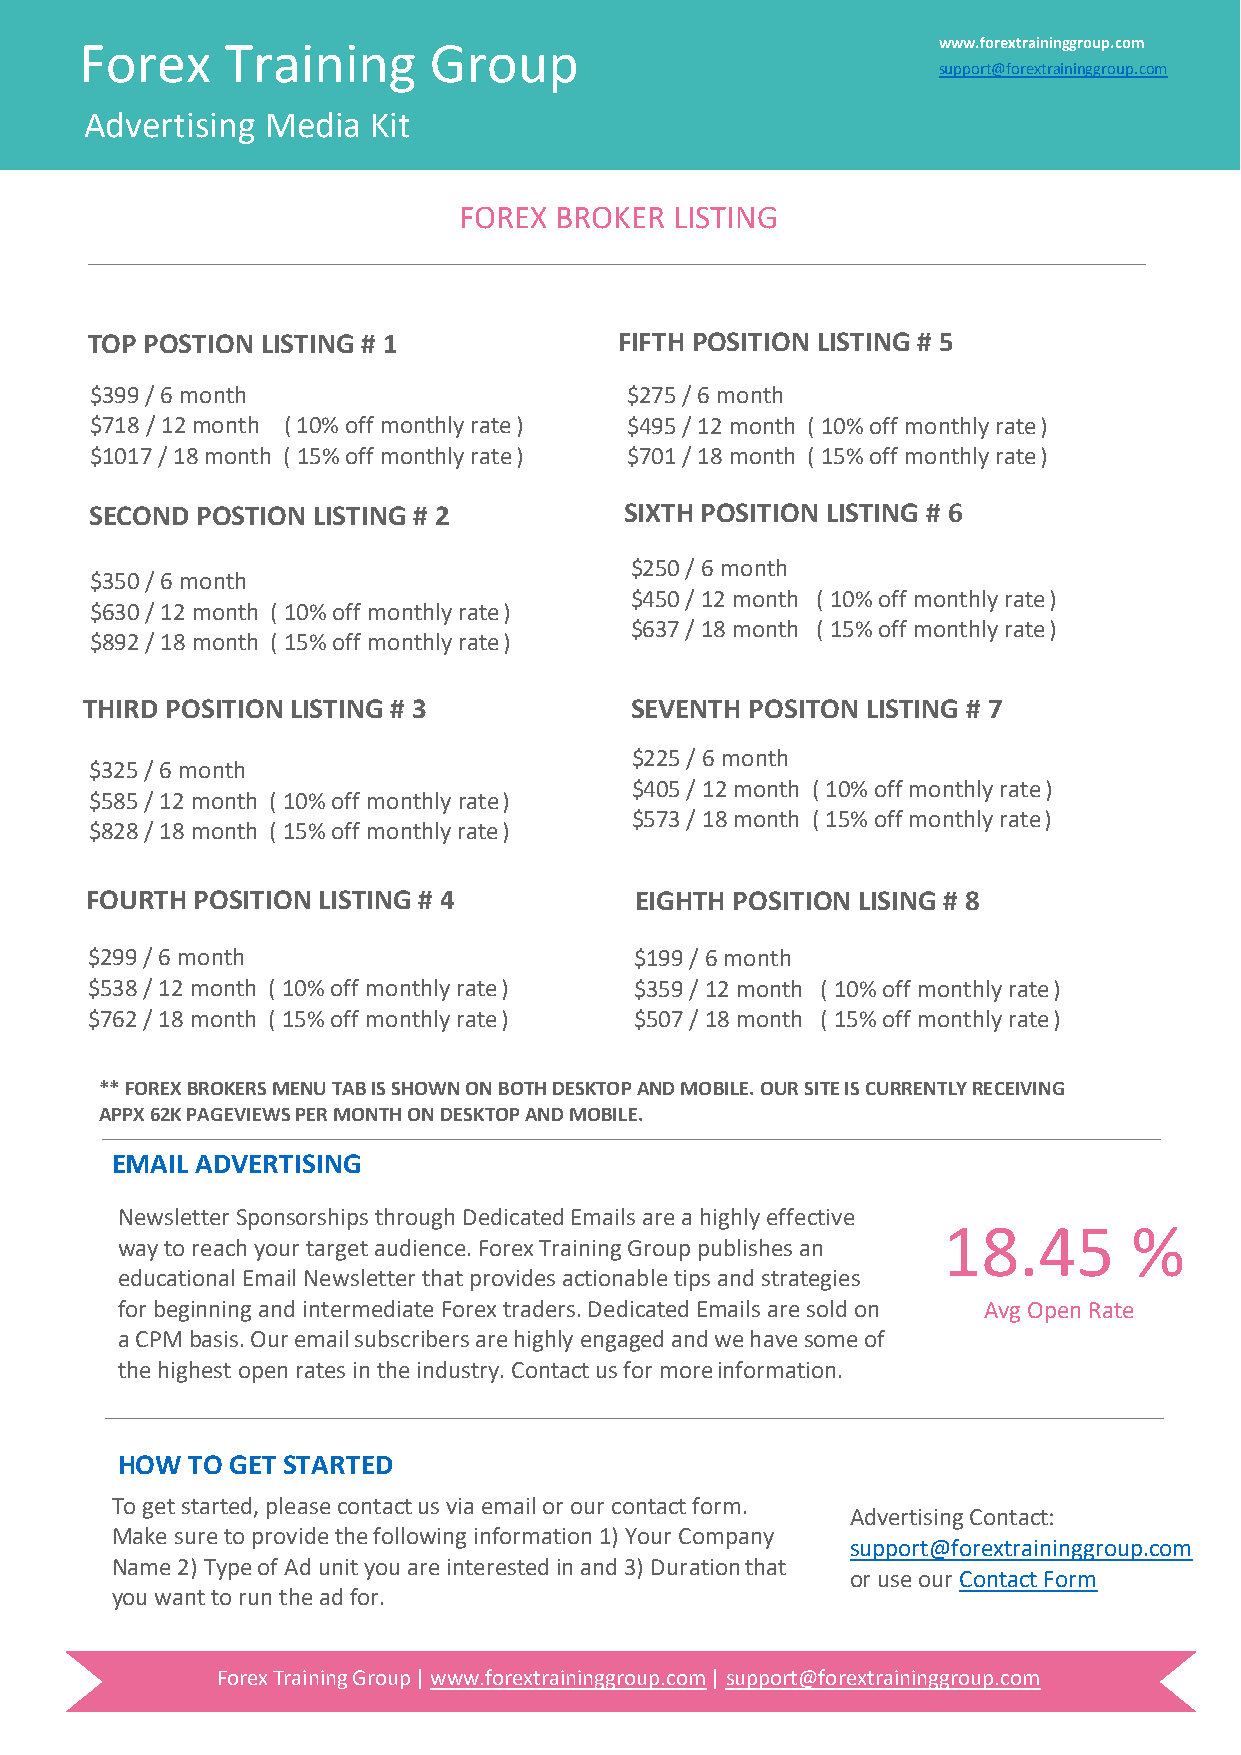
Forex     Training     Group                             www.forextraininggroup.com
 support@forextraininggroup.com
 Advertising Media Kit
 FOREX  BROKER  LISTING
 TOP POSTION LISTING # 1            FIFTH POSITION LISTING # 5
 $399 / 6 month                      $275 / 6 month
 $718 / 12 month ( 10% off monthly rate ) $495 / 12 month ( 10% off monthly rate )
 $1017 / 18 month ( 15% off monthly rate ) $701 / 18 month ( 15% off monthly rate )
 SECOND POSTION LISTING # 2         SIXTH POSITION LISTING # 6
 $250 / 6 month
 $350 / 6 month
 $450 / 12 month ( 10% off monthly rate )
 $630 / 12 month ( 10% off monthly rate )
 $637 / 18 month ( 15% off monthly rate )
 $892 / 18 month ( 15% off monthly rate )
 THIRD POSITION LISTING # 3          SEVENTH POSITON LISTING # 7
 $225 / 6 month
 $325 / 6 month
 $405 / 12 month ( 10% off monthly rate )
 $585 / 12 month ( 10% off monthly rate )
 $573 / 18 month ( 15% off monthly rate )
 $828 / 18 month ( 15% off monthly rate )
 FOURTH POSITION LISTING # 4         EIGHTH POSITION LISING # 8
 $299 / 6 month                      $199 / 6 month
 $538 / 12 month ( 10% off monthly rate ) $359 / 12 month ( 10% off monthly rate )
 $762 / 18 month ( 15% off monthly rate ) $507 / 18 month ( 15% off monthly rate )
 ** FOREX BROKERS MENU TAB IS SHOWN ON BOTH DESKTOP AND MOBILE. OUR SITE IS CURRENTLY RECEIVING
 APPX 62K PAGEVIEWS PER MONTH ON DESKTOP AND MOBILE.
 EMAIL ADVERTISING
 Newsletter Sponsorships through Dedicated Emails are a highly effective
 18.45        %
 way to reach your target audience. Forex Training Group publishes an
 educational Email Newsletter that provides actionable tips and strategies
 for beginning and intermediate Forex traders. Dedicated Emails are sold on Avg Open Rate
 a CPM basis. Our email subscribers are highly engaged and we have some of
 the highest open rates in the industry. Contact us for more information.
 HOW  TO GET STARTED
 To get started, please contact us via email or our contact form.
 Advertising Contact:
 Make sure to provide the following information 1) Your Company
 support@forextraininggroup.com
 Name 2) Type of Ad unit you are interested in and 3) Duration that
 or use our Contact Form
 you want to run the ad for.
 Forex Training Group | www.forextraininggroup.com | support@forextraininggroup.com